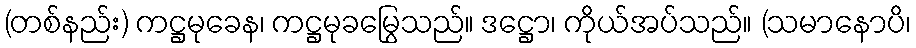
(တစ်နည်း) ကဋ္ဌမုခေန၊ ကဋ္ဌမုခမြွေသည်။ ဒဋ္ဌော၊ ကိုယ်အပ်သည်။ (သမာနောပိ၊